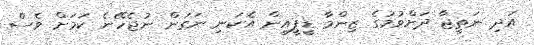
އަދި ނަތީޖާ ދަށްވުމުގެ ޒިންމާ ޑީޕީއީން އެކަނި ނަގަން ނުޖެހޭނެ ކަމަށް ވެސް